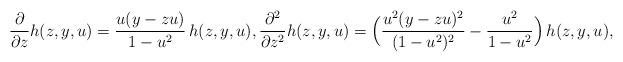
LaTeX: \begin{align*}\frac{\partial}{\partial z}h(z,y,u)=\frac{u(y-zu)}{1-u^2}\, h(z,y,u), \frac{\partial^2}{\partial z^2}h(z,y,u)=\Bigl(\frac{u^2(y-zu)^2}{(1-u^2)^2}-\frac{u^2}{1-u^2}\Bigr)\, h(z,y,u),\end{align*}